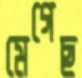
মেগেছ